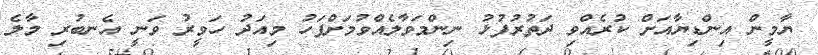
ޔާމީން އިންޑިޔާއަށް ކުރެއްވި ދަތުރުފުޅު ނިންމަވާލެއްވުމަށްފަހު މިއަދު ހަވީރު ވަނީ އެނބުރި މާލެ